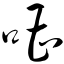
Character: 嘈